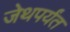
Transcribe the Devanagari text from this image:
जेथपर्यंत